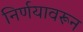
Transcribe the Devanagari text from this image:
निर्णयावरून